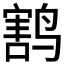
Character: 𱊟